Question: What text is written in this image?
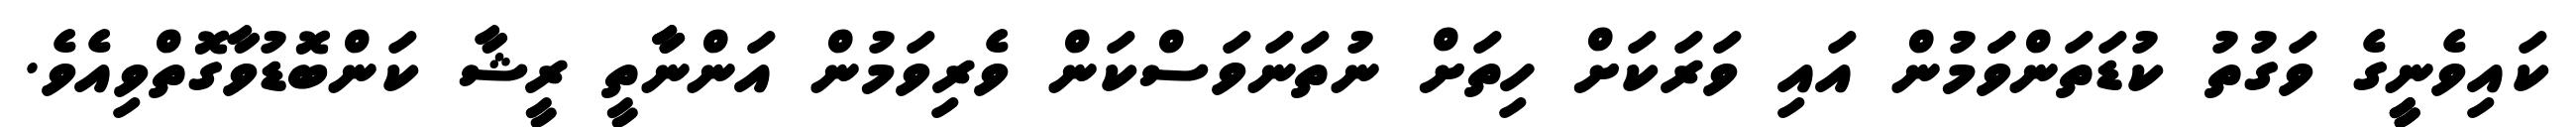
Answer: ކައިވެނީީގެ ވަގުތު ކުޑަތަންވަަމުން އައި ވަރަކަށް ހިތަށް ނުތަނަވަސްކަން ވެރިވަމުން އަންނާާތީ ރީޝާ ކަންބޮޑުވާގޮތްވިއެވެ.